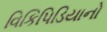
વિકિપિડિયાનો